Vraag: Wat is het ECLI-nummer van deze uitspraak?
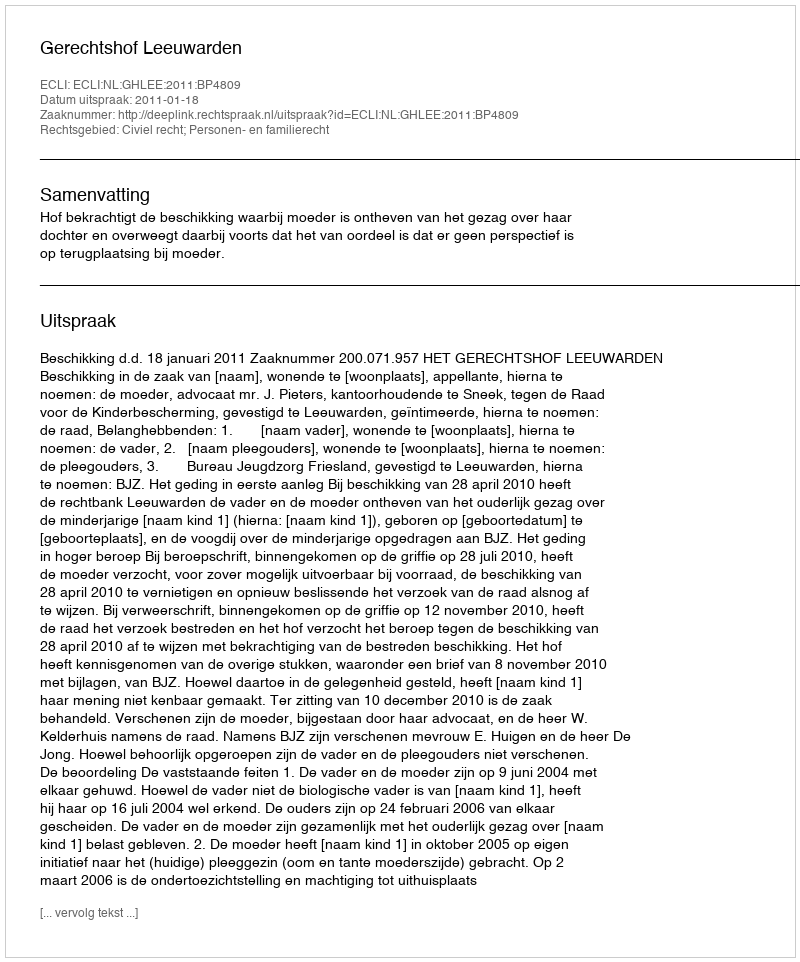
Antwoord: ECLI:NL:GHLEE:2011:BP4809